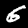
Digit: 6